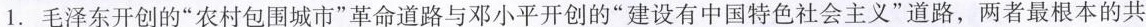
1.毛泽东开创的”农村包围城市”革命道路与邓小平开创的”建设有中国特色社会主义”道路，两者最根本的共